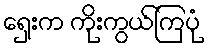
ရှေးက ကိုးကွယ်ကြပုံ